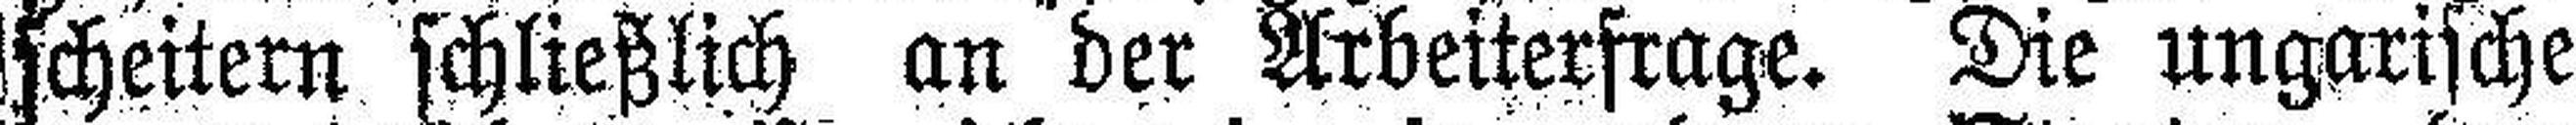
scheitern schließlich an der Arbeiterfrage. Die ungarische